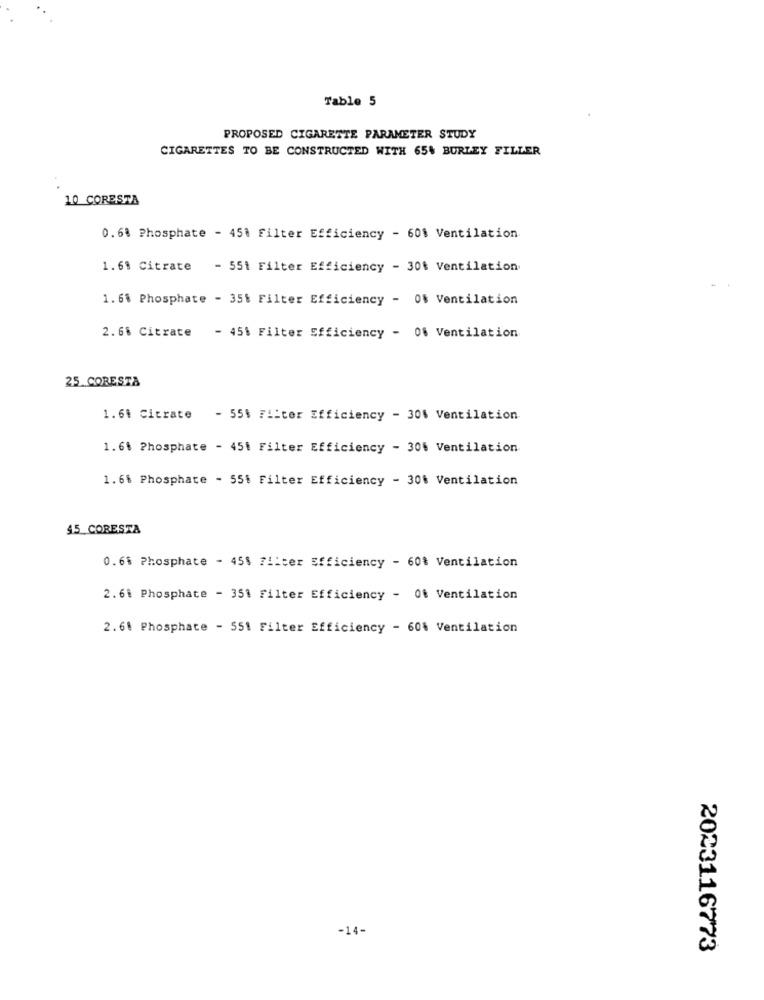
Table 5
PROPOSED CIGARETTE PARAMETER STUDY
CIGARETTES TO BE CONSTRUCTED WITH 65% BURLEY FILLER
10 CORESTA
0.68 Phosphate - 451 Filter Efficiency - 601 Ventilation
1.61 Citrate - 551 Filter Efficiency - 30% Ventilation
1.6% Phosphate - 35% Filter Efficiency - 0% Ventilation
2.6% Citrate - 451 Filter Efficiency - 06 Ventilation
25 CORESTA
1.64 Citrate - 55% Filter Efficiency - 30% Ventilation
1.61 Phosphate - 451 Filter Efficiency - 30% Ventilation
1.6% Phosphate - 551 Filter Efficiency - 30% Ventilation
45 CORESTA
0.6% Phosphate - 451 74:ter Efficiency - 60% Ventilation
2.61 Phosphate - 351 Filter Efficiency - Of Ventilation
2.6. Phosphate - 551 Filter Efficiency - 60% Ventilation
-14-
2023116773